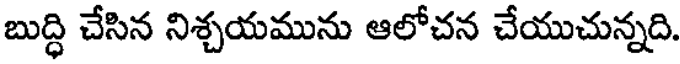
బుద్ధి చేసిన నిశ్చయమును ఆలోచన చేయుచున్నది.